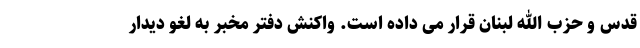
قدس و حزب الله لبنان قرار می داده است. واکنش دفتر مخبر به لغو دیدار